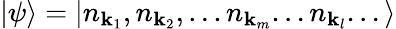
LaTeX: |\psi\rangle=\left|n_{\mathbf{k}_{1}},n_{\mathbf{k}_{2}},...n_{\mathbf{k}_{m}}...n_{\mathbf{k}_{l}}...\right\rangle